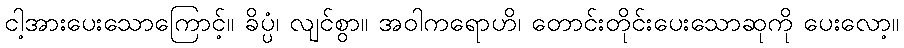
ငါ့အားပေးသောကြောင့်။ ခိပ္ပံ၊ လျင်စွာ။ အဝါကရောဟိ၊ တောင်းတိုင်းပေးသောဆုကို ပေးလော့။